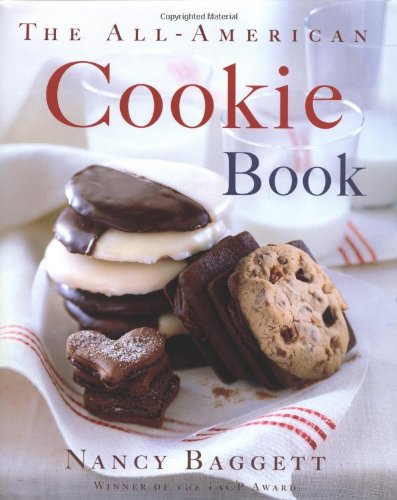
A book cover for The All-American Cookie Book; Nancy Baggett; Cookbooks, Food & Wine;